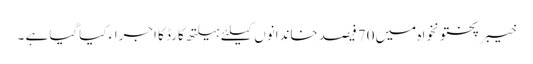
خیبرپختونخواہ میں 70فیصد خاندانوں کیلئے ہیلتھ کارڈ کا اجراء کیاگیا ہے ۔